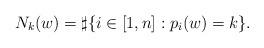
LaTeX: \begin{align*}N_k(w)=\sharp\{i\in[1,n]:p_i(w)=k\}.\end{align*}